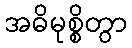
အဓိမုစ္စိတွာ